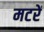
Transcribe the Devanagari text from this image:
मटरें